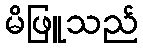
မိဖြူသည်